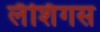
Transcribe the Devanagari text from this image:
लॅशिंगस